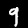
Digit: 9